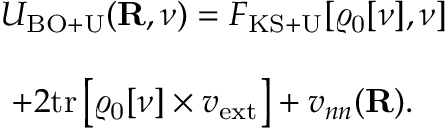
\begin{array} { l } { { \displaystyle { \cal U } _ { \mathrm { B O + U } } ( { \bf R } , \nu ) = { \cal F } _ { \mathrm { K S + U } } [ \varrho _ { \mathrm { 0 } } [ \nu ] , \nu ] } } \\ { ~ ~ } \\ { { \displaystyle ~ + 2 \mathrm { t r } \left[ \varrho _ { \mathrm { 0 } } [ \nu ] \times v _ { \mathrm { e x t } } \right] + v _ { n n } ( { \bf R } ) . } } \end{array}